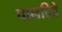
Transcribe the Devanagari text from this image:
पानदिवे